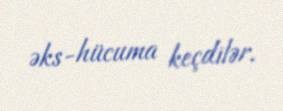
əks-hücuma keçdilər.